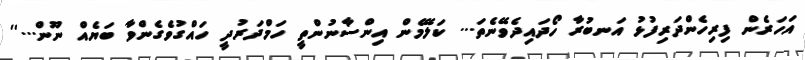
އަހަރެން ފިރިހެންދަރިފުޅު އަނބުރާ ހޯދައިދެވޭނެތަ... ކަލޭމެން އިންސާނުންތީ ހަމްދަރުދީ ހައްގުވެގެންވާ ބަޔެއް ނޫން...''